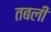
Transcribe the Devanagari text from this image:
तबली